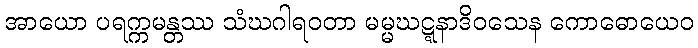
အာယော ပရက္ကမန္တဿ သံဃဂါရဝတာ မမ္မဃဋ္ဋနာဒိဝသေန ကောဓောယေဝ